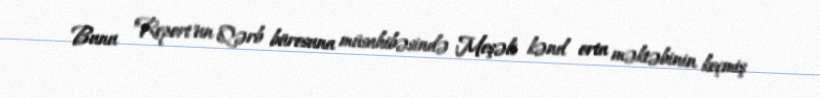
Bunu "Report"un Qərb bürosuna müsahibəsində Meşəli kənd orta məktəbinin keçmiş